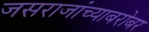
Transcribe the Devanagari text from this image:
जसराजांच्याबरोबर